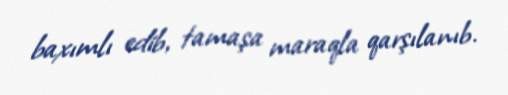
baxımlı edib, tamaşa maraqla qarşılanıb.